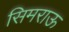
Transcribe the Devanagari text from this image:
सिमराऊ